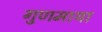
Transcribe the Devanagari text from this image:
गुणमाया